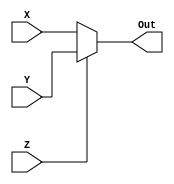
module twoMultiOne(input X, Y, Z, output Out);
  assign Out = Z ? Y : X;
endmodule